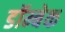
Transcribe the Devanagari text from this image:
डॉम्बेक